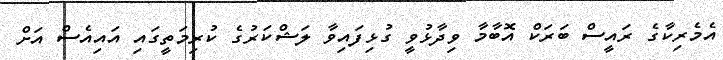
އެމެރިކާގެ ރައީސް ބަރަކް އޮބާމާ ވިދާޅުވީ ގުޅިފައިވާ ލަޝްކަރުގެ ކުރިމަތީގައި އައިއެސް އަށް